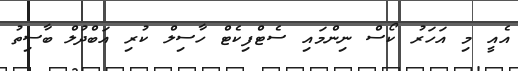
އެއީ މި އަހަރު ކޯސް ނިންމައި ސެޓްފިކެޓް ހާސިލް ކުރި އަބްދުލް ބާސިތު